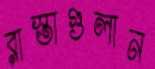
রাস্তাগুলান